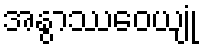
အနွာဿဝေယျုံ